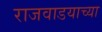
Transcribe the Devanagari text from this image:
राजवाडयाच्या